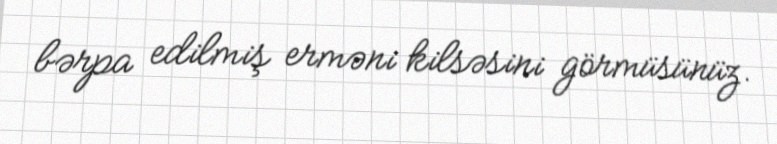
bərpa edilmiş erməni kilsəsini görmüsünüz.